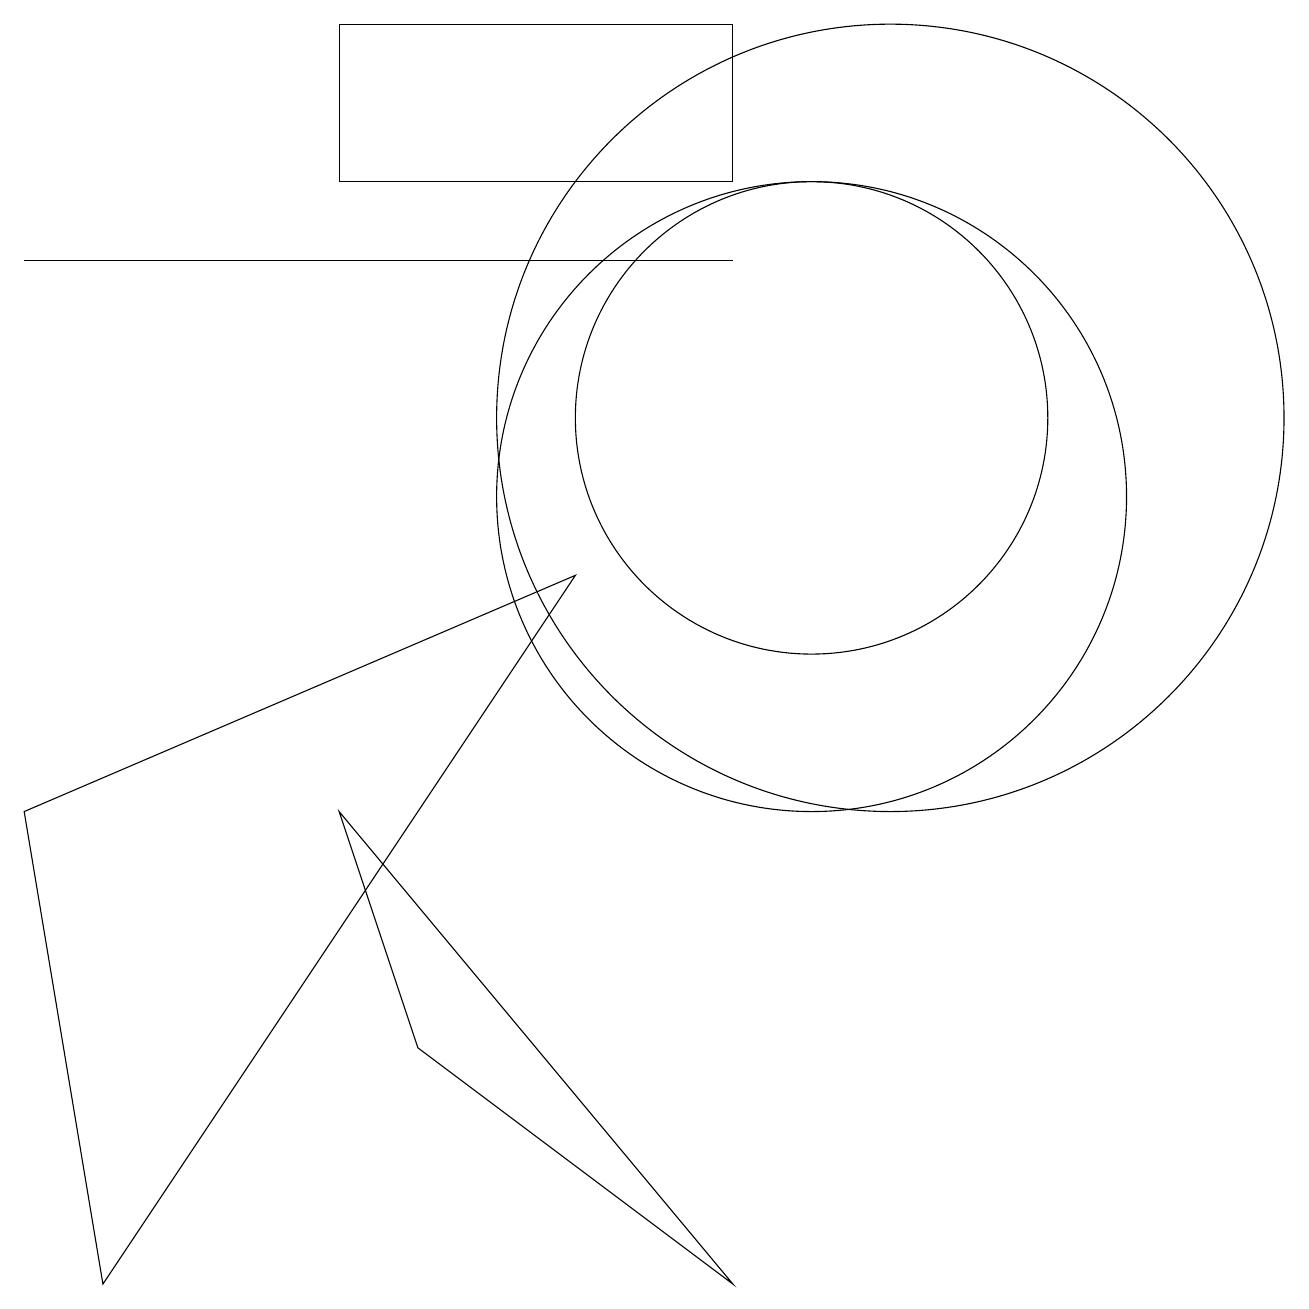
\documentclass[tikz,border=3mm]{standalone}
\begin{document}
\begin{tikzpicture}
\draw (10,11) circle (3);
\draw (9,13) rectangle (0,13);
\draw (7,9) -- (1,0) -- (0,6) -- cycle;
\draw (11,11) circle (5);
\draw (9,0) -- (5,3) -- (4,6) -- cycle;
\draw (10,10) circle (4);
\draw (9,14) rectangle (4,16);
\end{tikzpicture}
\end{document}